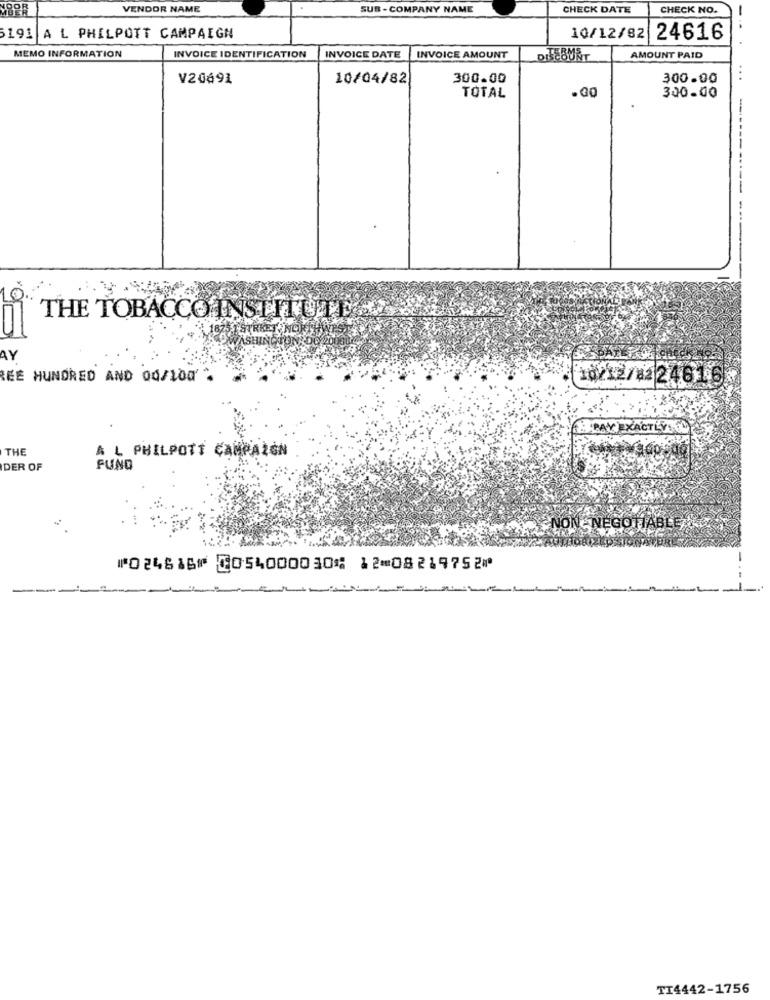
VENDOR NAME
SUB - COMPANY NAME
CHECK DATE
CHECK NO.
5191 A L PHILPOTT CAMPAIGN
10/12/82 24616
MEMO INFORMATION
INVOICE IDENTIFICATION
INVOICE DATE
INVOICE AMOUNT
AMOUNT PAID
V20691
10/04/82
300.00
300.00
...
TOTAL
300.00
----
10
THE TOBACCO INSTITUTE
AY
REE HUNDRED AND 04/100 .
10212/1224616
THE
A L PHILPOTT CAMRAZÓN
DER OF
FUNO
NON NEGOTIABLE 7
⑈024616⑈ ⑆054000030⑆ 12⑉08219752⑈
--
TI4442-1756